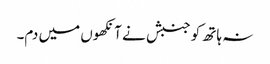
نہ ہاتھ کو جنبش نے آنکھوں میں دم۔